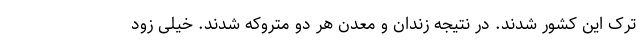
ترک این کشور شدند. در نتیجه زندان و معدن هر دو متروکه شدند. خیلی زود